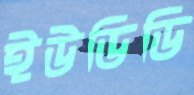
ইউডিডি